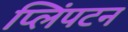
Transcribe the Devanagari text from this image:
प्लिंपटन